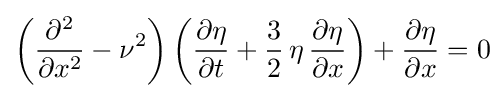
\left({\frac {\partial ^{2}}{\partial x^{2}}}-\nu ^{2}\right)\left({\frac {\partial \eta }{\partial t}}+{\frac {3}{2}}\,\eta \,{\frac {\partial \eta }{\partial x}}\right)+{\frac {\partial \eta }{\partial x}}=0